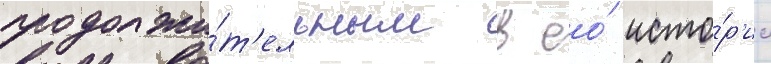
продолжи́т'ельным в ео́ исто́р'ии